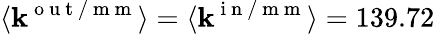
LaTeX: \langle\mathbf{k}^{\mathrm{{~o~u~t~/~m~m~}}}\rangle=\langle\mathbf{k}^{\mathrm{{~i~n~/~m~m~}}}\rangle=139.72